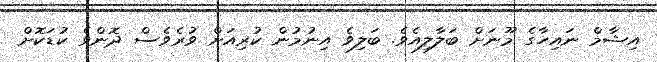
އިޝާމް ނައިހާގެ މޫނަށް ބަލާލިއެވެ. ބަލިވެ އިނުމުން ކުރިއަށް ވުރެވެސް ދޮންވެ ކުޑަކޮށް